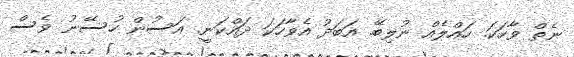
ނެތް ވާހަކަ. ހައްލެއް ނުލިބޭ. އަބަދު އެވާހަކަ ދައްކަނީ. އަސުން ހުސޭނު ވެސް